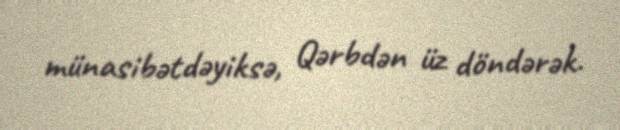
münasibətdəyiksə, Qərbdən üz döndərək.